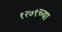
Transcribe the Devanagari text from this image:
१२७९च्या